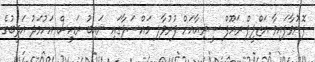
ފޮނުވާފައިވާ އަޒްލީފް ރައޫފް ސީރިއާއަށް ފުރުވާލި މައްސަލާގައި ނައިބު ރައީސް އަހުމަދު އަދީބުގެ